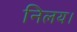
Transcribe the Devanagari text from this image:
निलय।